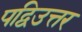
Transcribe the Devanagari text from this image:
पद्विउत्तर